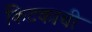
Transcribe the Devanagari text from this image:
किटकाची